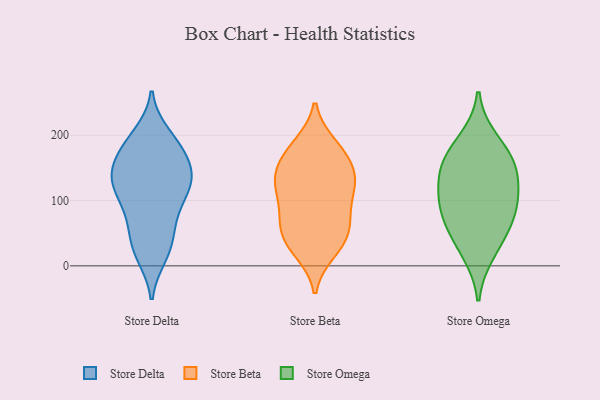
{"axis": {"x": "Humidity (%)", "y": "Value"}, "legend": ["Store Beta", "Store Delta", "Store Omega"], "data": [{"x": "", "y": 190, "type": "Store Delta"}, {"x": "", "y": 117, "type": "Store Delta"}, {"x": "", "y": 200, "type": "Store Delta"}, {"x": "", "y": 50, "type": "Store Delta"}, {"x": "", "y": 87, "type": "Store Delta"}, {"x": "", "y": 28, "type": "Store Delta"}, {"x": "", "y": 184, "type": "Store Delta"}, {"x": "", "y": 22, "type": "Store Delta"}, {"x": "", "y": 147, "type": "Store Delta"}, {"x": "", "y": 160, "type": "Store Delta"}, {"x": "", "y": 85, "type": "Store Delta"}, {"x": "", "y": 157, "type": "Store Delta"}, {"x": "", "y": 133, "type": "Store Delta"}, {"x": "", "y": 16, "type": "Store Delta"}, {"x": "", "y": 132, "type": "Store Delta"}, {"x": "", "y": 125, "type": "Store Delta"}, {"x": "", "y": 183, "type": "Store Delta"}, {"x": "", "y": 115, "type": "Store Delta"}, {"x": "", "y": 132, "type": "Store Delta"}, {"x": "", "y": 63, "type": "Store Delta"}, {"x": "", "y": 55, "type": "Store Beta"}, {"x": "", "y": 171, "type": "Store Beta"}, {"x": "", "y": 60, "type": "Store Beta"}, {"x": "", "y": 21, "type": "Store Beta"}, {"x": "", "y": 56, "type": "Store Beta"}, {"x": "", "y": 61, "type": "Store Beta"}, {"x": "", "y": 100, "type": "Store Beta"}, {"x": "", "y": 128, "type": "Store Beta"}, {"x": "", "y": 115, "type": "Store Beta"}, {"x": "", "y": 146, "type": "Store Beta"}, {"x": "", "y": 31, "type": "Store Beta"}, {"x": "", "y": 104, "type": "Store Beta"}, {"x": "", "y": 81, "type": "Store Beta"}, {"x": "", "y": 25, "type": "Store Beta"}, {"x": "", "y": 139, "type": "Store Beta"}, {"x": "", "y": 168, "type": "Store Beta"}, {"x": "", "y": 132, "type": "Store Beta"}, {"x": "", "y": 138, "type": "Store Beta"}, {"x": "", "y": 186, "type": "Store Beta"}, {"x": "", "y": 186, "type": "Store Beta"}, {"x": "", "y": 20, "type": "Store Omega"}, {"x": "", "y": 113, "type": "Store Omega"}, {"x": "", "y": 89, "type": "Store Omega"}, {"x": "", "y": 51, "type": "Store Omega"}, {"x": "", "y": 193, "type": "Store Omega"}, {"x": "", "y": 150, "type": "Store Omega"}, {"x": "", "y": 162, "type": "Store Omega"}, {"x": "", "y": 153, "type": "Store Omega"}, {"x": "", "y": 104, "type": "Store Omega"}, {"x": "", "y": 69, "type": "Store Omega"}]}